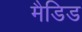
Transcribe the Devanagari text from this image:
मैडिड